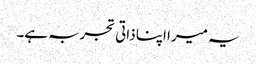
یہ میرا اپنا ذاتی تجربہ ہے۔